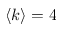
\langle k \rangle = 4